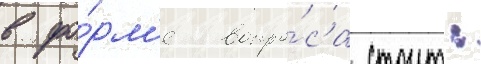
в фо́рм'е вопро́са стоит: